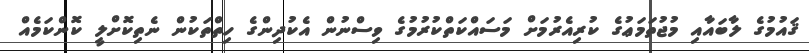
ޤައުމުގެ ލާބައާއި މުޖުތަމަޢުގެ ކުރިއެރުމަށް މަސައްކަތްކުރުމުގެ ވިސްނުން އެކުދިންގެ ހިތްތަކުން ނެތިކޮށްލީ ކޮންކަމެއް